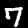
Label: 7